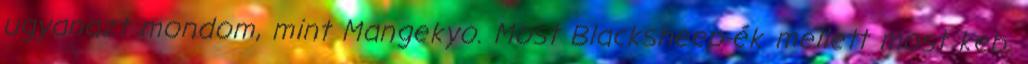
ugyanazt mondom, mint Mangekyo. Most Blacksheep-ék mellett most keb.